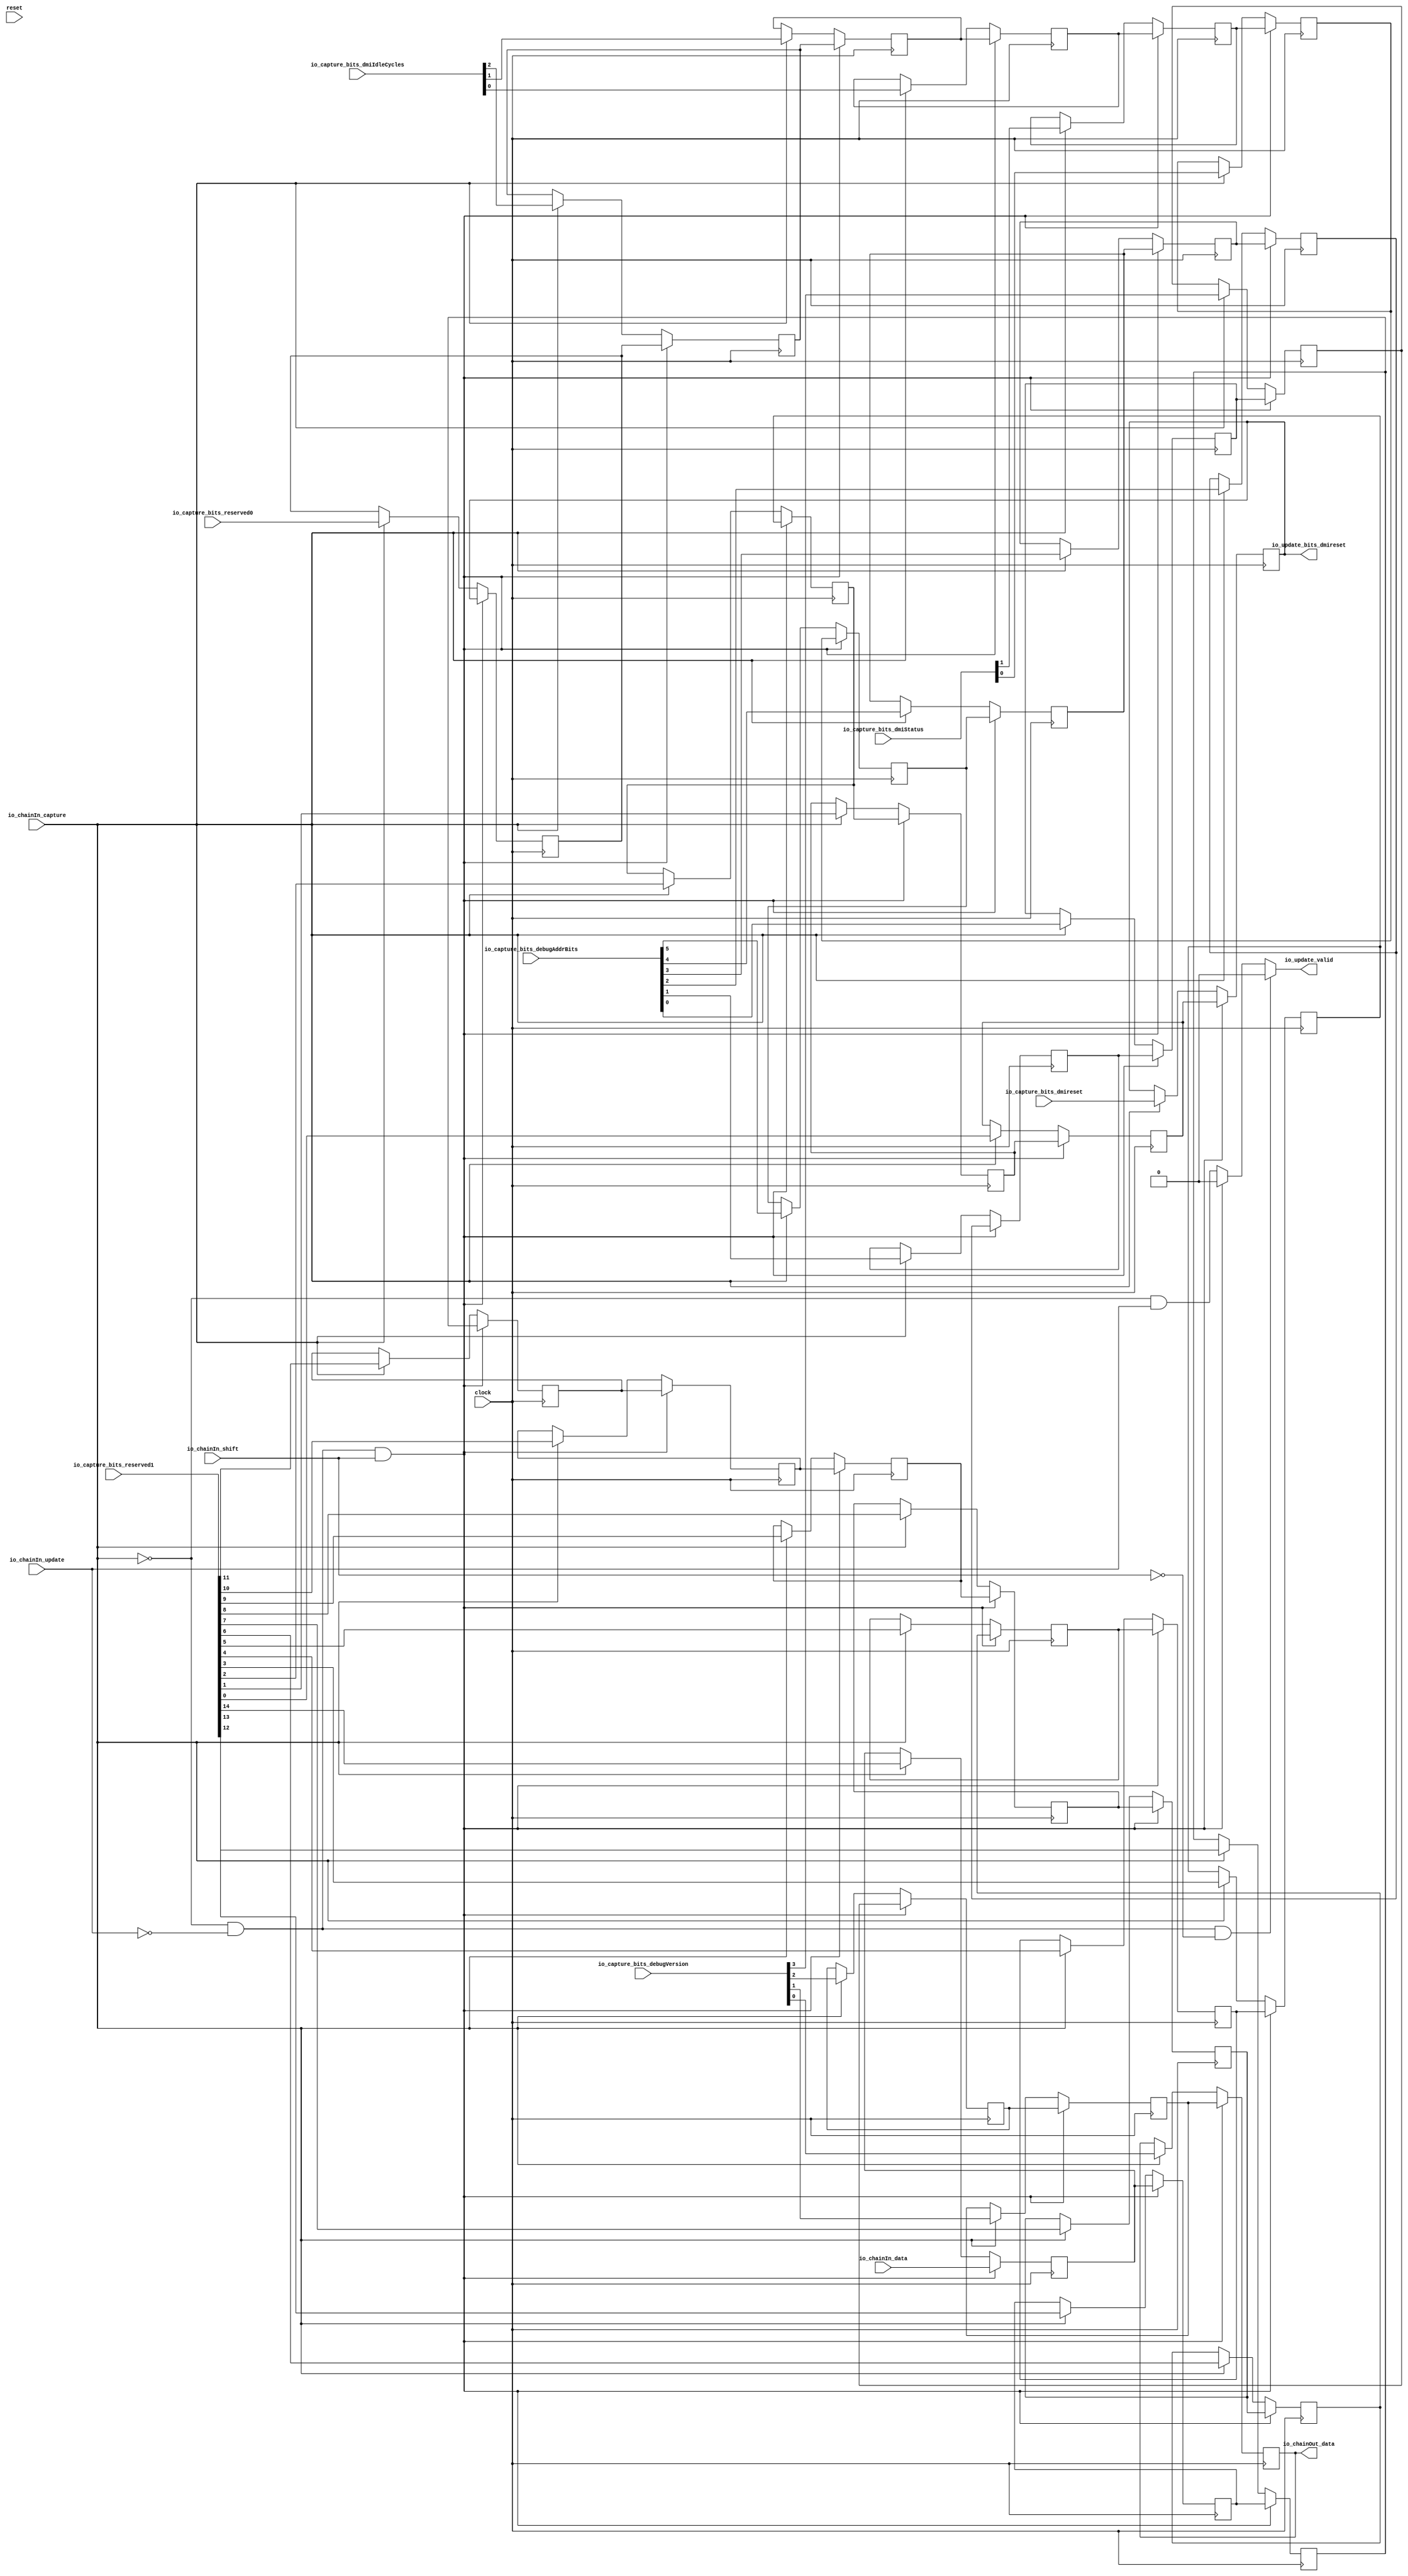
// Copyright (c) 2017, Microsemi Corporation
// All rights reserved.
//
// Redistribution and use in source and binary forms, with or without
// modification, are permitted provided that the following conditions are met:
//     * Redistributions of source code must retain the above copyright
//       notice, this list of conditions and the following disclaimer.
//     * Redistributions in binary form must reproduce the above copyright
//       notice, this list of conditions and the following disclaimer in the
//       documentation and/or other materials provided with the distribution.
//     * Neither the name of the <organization> nor the
//       names of its contributors may be used to endorse or promote products
//       derived from this software without specific prior written permission.
//
// THIS SOFTWARE IS PROVIDED BY THE COPYRIGHT HOLDERS AND CONTRIBUTORS "AS IS" AND
// ANY EXPRESS OR IMPLIED WARRANTIES, INCLUDING, BUT NOT LIMITED TO, THE IMPLIED
// WARRANTIES OF MERCHANTABILITY AND FITNESS FOR A PARTICULAR PURPOSE ARE
// DISCLAIMED. IN NO EVENT SHALL MICROSEMI CORPORATIONM BE LIABLE FOR ANY
// DIRECT, INDIRECT, INCIDENTAL, SPECIAL, EXEMPLARY, OR CONSEQUENTIAL DAMAGES
// (INCLUDING, BUT NOT LIMITED TO, PROCUREMENT OF SUBSTITUTE GOODS OR SERVICES;
// LOSS OF USE, DATA, OR PROFITS; OR BUSINESS INTERRUPTION) HOWEVER CAUSED AND
// ON ANY THEORY OF LIABILITY, WHETHER IN CONTRACT, STRICT LIABILITY, OR TORT
// (INCLUDING NEGLIGENCE OR OTHERWISE) ARISING IN ANY WAY OUT OF THE USE OF THIS
// SOFTWARE, EVEN IF ADVISED OF THE POSSIBILITY OF SUCH DAMAGE.
//
// APACHE LICENSE
// Copyright (c) 2017, Microsemi Corporation 
//
// Licensed under the Apache License, Version 2.0 (the "License");
// you may not use this file except in compliance with the License.
// You may obtain a copy of the License at
//
//    http://www.apache.org/licenses/LICENSE-2.0
//
// Unless required by applicable law or agreed to in writing, software
// distributed under the License is distributed on an "AS IS" BASIS,
// WITHOUT WARRANTIES OR CONDITIONS OF ANY KIND, either express or implied.
// See the License for the specific language governing permissions and
// limitations under the License.
//
// Description:
//
// SVN Revision Information:
// SVN $Revision: $
// SVN $Date: $
//
// Resolved SARs
// SAR      Date     Who   Description
//
// Notes:
//
// ****************************************************************************/
`define RANDOMIZE
`timescale 1ns/10ps
module PROC_SUBSYSTEM_MIV_RV32IMA_L1_AHB_0_MIV_RV32IMA_L1_AHB_CAPTURE_UPDATE_CHAIN(
  input         clock,
  input         reset,
  input         io_chainIn_shift,
  input         io_chainIn_data,
  input         io_chainIn_capture,
  input         io_chainIn_update,
  output        io_chainOut_data,
  input  [14:0] io_capture_bits_reserved1,
  input         io_capture_bits_dmireset,
  input         io_capture_bits_reserved0,
  input  [2:0]  io_capture_bits_dmiIdleCycles,
  input  [1:0]  io_capture_bits_dmiStatus,
  input  [5:0]  io_capture_bits_debugAddrBits,
  input  [3:0]  io_capture_bits_debugVersion,
  output        io_update_valid,
  output        io_update_bits_dmireset
);
  reg  regs_0;
  reg [31:0] _RAND_0;
  reg  regs_1;
  reg [31:0] _RAND_1;
  reg  regs_2;
  reg [31:0] _RAND_2;
  reg  regs_3;
  reg [31:0] _RAND_3;
  reg  regs_4;
  reg [31:0] _RAND_4;
  reg  regs_5;
  reg [31:0] _RAND_5;
  reg  regs_6;
  reg [31:0] _RAND_6;
  reg  regs_7;
  reg [31:0] _RAND_7;
  reg  regs_8;
  reg [31:0] _RAND_8;
  reg  regs_9;
  reg [31:0] _RAND_9;
  reg  regs_10;
  reg [31:0] _RAND_10;
  reg  regs_11;
  reg [31:0] _RAND_11;
  reg  regs_12;
  reg [31:0] _RAND_12;
  reg  regs_13;
  reg [31:0] _RAND_13;
  reg  regs_14;
  reg [31:0] _RAND_14;
  reg  regs_15;
  reg [31:0] _RAND_15;
  reg  regs_16;
  reg [31:0] _RAND_16;
  reg  regs_17;
  reg [31:0] _RAND_17;
  reg  regs_18;
  reg [31:0] _RAND_18;
  reg  regs_19;
  reg [31:0] _RAND_19;
  reg  regs_20;
  reg [31:0] _RAND_20;
  reg  regs_21;
  reg [31:0] _RAND_21;
  reg  regs_22;
  reg [31:0] _RAND_22;
  reg  regs_23;
  reg [31:0] _RAND_23;
  reg  regs_24;
  reg [31:0] _RAND_24;
  reg  regs_25;
  reg [31:0] _RAND_25;
  reg  regs_26;
  reg [31:0] _RAND_26;
  reg  regs_27;
  reg [31:0] _RAND_27;
  reg  regs_28;
  reg [31:0] _RAND_28;
  reg  regs_29;
  reg [31:0] _RAND_29;
  reg  regs_30;
  reg [31:0] _RAND_30;
  reg  regs_31;
  reg [31:0] _RAND_31;
  wire [1:0] _T_39;
  wire [1:0] _T_40;
  wire [3:0] _T_41;
  wire [1:0] _T_42;
  wire [1:0] _T_43;
  wire [3:0] _T_44;
  wire [7:0] _T_45;
  wire [1:0] _T_46;
  wire [1:0] _T_47;
  wire [3:0] _T_48;
  wire [1:0] _T_49;
  wire [1:0] _T_50;
  wire [3:0] _T_51;
  wire [7:0] _T_52;
  wire [15:0] _T_53;
  wire [1:0] _T_54;
  wire [1:0] _T_55;
  wire [3:0] _T_56;
  wire [1:0] _T_57;
  wire [1:0] _T_58;
  wire [3:0] _T_59;
  wire [7:0] _T_60;
  wire [1:0] _T_61;
  wire [1:0] _T_62;
  wire [3:0] _T_63;
  wire [1:0] _T_64;
  wire [1:0] _T_65;
  wire [3:0] _T_66;
  wire [7:0] _T_67;
  wire [15:0] _T_68;
  wire [31:0] _T_69;
  wire  _T_79;
  wire [7:0] _T_81;
  wire [11:0] _T_82;
  wire [3:0] _T_83;
  wire [15:0] _T_84;
  wire [19:0] _T_85;
  wire [31:0] captureBits;
  wire  _T_86;
  wire  _T_87;
  wire  _T_88;
  wire  _T_89;
  wire  _T_90;
  wire  _T_91;
  wire  _T_92;
  wire  _T_93;
  wire  _T_94;
  wire  _T_95;
  wire  _T_96;
  wire  _T_97;
  wire  _T_98;
  wire  _T_99;
  wire  _T_100;
  wire  _T_101;
  wire  _T_102;
  wire  _T_103;
  wire  _T_104;
  wire  _T_105;
  wire  _T_106;
  wire  _T_107;
  wire  _T_108;
  wire  _T_109;
  wire  _T_110;
  wire  _T_111;
  wire  _T_112;
  wire  _T_113;
  wire  _T_114;
  wire  _T_115;
  wire  _T_116;
  wire  _T_117;
  wire  _GEN_0;
  wire  _GEN_1;
  wire  _GEN_2;
  wire  _GEN_3;
  wire  _GEN_4;
  wire  _GEN_5;
  wire  _GEN_6;
  wire  _GEN_7;
  wire  _GEN_8;
  wire  _GEN_9;
  wire  _GEN_10;
  wire  _GEN_11;
  wire  _GEN_12;
  wire  _GEN_13;
  wire  _GEN_14;
  wire  _GEN_15;
  wire  _GEN_16;
  wire  _GEN_17;
  wire  _GEN_18;
  wire  _GEN_19;
  wire  _GEN_20;
  wire  _GEN_21;
  wire  _GEN_22;
  wire  _GEN_23;
  wire  _GEN_24;
  wire  _GEN_25;
  wire  _GEN_26;
  wire  _GEN_27;
  wire  _GEN_28;
  wire  _GEN_29;
  wire  _GEN_30;
  wire  _GEN_31;
  wire  _T_121;
  wire  _T_122;
  wire  _T_128;
  wire  _T_129;
  wire  _T_130;
  wire  _GEN_36;
  wire  _GEN_37;
  wire  _GEN_38;
  wire  _GEN_39;
  wire  _GEN_40;
  wire  _GEN_41;
  wire  _GEN_42;
  wire  _GEN_43;
  wire  _GEN_44;
  wire  _GEN_45;
  wire  _GEN_46;
  wire  _GEN_47;
  wire  _GEN_48;
  wire  _GEN_49;
  wire  _GEN_50;
  wire  _GEN_51;
  wire  _GEN_52;
  wire  _GEN_53;
  wire  _GEN_54;
  wire  _GEN_55;
  wire  _GEN_56;
  wire  _GEN_57;
  wire  _GEN_58;
  wire  _GEN_59;
  wire  _GEN_60;
  wire  _GEN_61;
  wire  _GEN_62;
  wire  _GEN_63;
  wire  _GEN_64;
  wire  _GEN_65;
  wire  _GEN_66;
  wire  _GEN_67;
  wire  _GEN_69;
  wire  _T_139;
  wire  _T_140;
  wire  _GEN_71;
  wire  _T_143;
  wire  _T_145;
  wire  _T_146;
  wire  _T_148;
  wire  _T_149;
  wire  _T_150;
  wire  _T_152;
  wire  _T_153;
  wire  _T_154;
  wire  _T_156;
  assign io_chainOut_data = regs_0;
  assign io_update_valid = _GEN_71;
  assign io_update_bits_dmireset = _T_79;
  assign _T_39 = {regs_1,regs_0};
  assign _T_40 = {regs_3,regs_2};
  assign _T_41 = {_T_40,_T_39};
  assign _T_42 = {regs_5,regs_4};
  assign _T_43 = {regs_7,regs_6};
  assign _T_44 = {_T_43,_T_42};
  assign _T_45 = {_T_44,_T_41};
  assign _T_46 = {regs_9,regs_8};
  assign _T_47 = {regs_11,regs_10};
  assign _T_48 = {_T_47,_T_46};
  assign _T_49 = {regs_13,regs_12};
  assign _T_50 = {regs_15,regs_14};
  assign _T_51 = {_T_50,_T_49};
  assign _T_52 = {_T_51,_T_48};
  assign _T_53 = {_T_52,_T_45};
  assign _T_54 = {regs_17,regs_16};
  assign _T_55 = {regs_19,regs_18};
  assign _T_56 = {_T_55,_T_54};
  assign _T_57 = {regs_21,regs_20};
  assign _T_58 = {regs_23,regs_22};
  assign _T_59 = {_T_58,_T_57};
  assign _T_60 = {_T_59,_T_56};
  assign _T_61 = {regs_25,regs_24};
  assign _T_62 = {regs_27,regs_26};
  assign _T_63 = {_T_62,_T_61};
  assign _T_64 = {regs_29,regs_28};
  assign _T_65 = {regs_31,regs_30};
  assign _T_66 = {_T_65,_T_64};
  assign _T_67 = {_T_66,_T_63};
  assign _T_68 = {_T_67,_T_60};
  assign _T_69 = {_T_68,_T_53};
  assign _T_79 = _T_69[16];
  assign _T_81 = {io_capture_bits_dmiStatus,io_capture_bits_debugAddrBits};
  assign _T_82 = {_T_81,io_capture_bits_debugVersion};
  assign _T_83 = {io_capture_bits_reserved0,io_capture_bits_dmiIdleCycles};
  assign _T_84 = {io_capture_bits_reserved1,io_capture_bits_dmireset};
  assign _T_85 = {_T_84,_T_83};
  assign captureBits = {_T_85,_T_82};
  assign _T_86 = captureBits[0];
  assign _T_87 = captureBits[1];
  assign _T_88 = captureBits[2];
  assign _T_89 = captureBits[3];
  assign _T_90 = captureBits[4];
  assign _T_91 = captureBits[5];
  assign _T_92 = captureBits[6];
  assign _T_93 = captureBits[7];
  assign _T_94 = captureBits[8];
  assign _T_95 = captureBits[9];
  assign _T_96 = captureBits[10];
  assign _T_97 = captureBits[11];
  assign _T_98 = captureBits[12];
  assign _T_99 = captureBits[13];
  assign _T_100 = captureBits[14];
  assign _T_101 = captureBits[15];
  assign _T_102 = captureBits[16];
  assign _T_103 = captureBits[17];
  assign _T_104 = captureBits[18];
  assign _T_105 = captureBits[19];
  assign _T_106 = captureBits[20];
  assign _T_107 = captureBits[21];
  assign _T_108 = captureBits[22];
  assign _T_109 = captureBits[23];
  assign _T_110 = captureBits[24];
  assign _T_111 = captureBits[25];
  assign _T_112 = captureBits[26];
  assign _T_113 = captureBits[27];
  assign _T_114 = captureBits[28];
  assign _T_115 = captureBits[29];
  assign _T_116 = captureBits[30];
  assign _T_117 = captureBits[31];
  assign _GEN_0 = io_chainIn_capture ? _T_86 : regs_0;
  assign _GEN_1 = io_chainIn_capture ? _T_87 : regs_1;
  assign _GEN_2 = io_chainIn_capture ? _T_88 : regs_2;
  assign _GEN_3 = io_chainIn_capture ? _T_89 : regs_3;
  assign _GEN_4 = io_chainIn_capture ? _T_90 : regs_4;
  assign _GEN_5 = io_chainIn_capture ? _T_91 : regs_5;
  assign _GEN_6 = io_chainIn_capture ? _T_92 : regs_6;
  assign _GEN_7 = io_chainIn_capture ? _T_93 : regs_7;
  assign _GEN_8 = io_chainIn_capture ? _T_94 : regs_8;
  assign _GEN_9 = io_chainIn_capture ? _T_95 : regs_9;
  assign _GEN_10 = io_chainIn_capture ? _T_96 : regs_10;
  assign _GEN_11 = io_chainIn_capture ? _T_97 : regs_11;
  assign _GEN_12 = io_chainIn_capture ? _T_98 : regs_12;
  assign _GEN_13 = io_chainIn_capture ? _T_99 : regs_13;
  assign _GEN_14 = io_chainIn_capture ? _T_100 : regs_14;
  assign _GEN_15 = io_chainIn_capture ? _T_101 : regs_15;
  assign _GEN_16 = io_chainIn_capture ? _T_102 : regs_16;
  assign _GEN_17 = io_chainIn_capture ? _T_103 : regs_17;
  assign _GEN_18 = io_chainIn_capture ? _T_104 : regs_18;
  assign _GEN_19 = io_chainIn_capture ? _T_105 : regs_19;
  assign _GEN_20 = io_chainIn_capture ? _T_106 : regs_20;
  assign _GEN_21 = io_chainIn_capture ? _T_107 : regs_21;
  assign _GEN_22 = io_chainIn_capture ? _T_108 : regs_22;
  assign _GEN_23 = io_chainIn_capture ? _T_109 : regs_23;
  assign _GEN_24 = io_chainIn_capture ? _T_110 : regs_24;
  assign _GEN_25 = io_chainIn_capture ? _T_111 : regs_25;
  assign _GEN_26 = io_chainIn_capture ? _T_112 : regs_26;
  assign _GEN_27 = io_chainIn_capture ? _T_113 : regs_27;
  assign _GEN_28 = io_chainIn_capture ? _T_114 : regs_28;
  assign _GEN_29 = io_chainIn_capture ? _T_115 : regs_29;
  assign _GEN_30 = io_chainIn_capture ? _T_116 : regs_30;
  assign _GEN_31 = io_chainIn_capture ? _T_117 : regs_31;
  assign _T_121 = io_chainIn_capture == 1'h0;
  assign _T_122 = _T_121 & io_chainIn_update;
  assign _T_128 = io_chainIn_update == 1'h0;
  assign _T_129 = _T_121 & _T_128;
  assign _T_130 = _T_129 & io_chainIn_shift;
  assign _GEN_36 = _T_130 ? io_chainIn_data : _GEN_31;
  assign _GEN_37 = _T_130 ? regs_1 : _GEN_0;
  assign _GEN_38 = _T_130 ? regs_2 : _GEN_1;
  assign _GEN_39 = _T_130 ? regs_3 : _GEN_2;
  assign _GEN_40 = _T_130 ? regs_4 : _GEN_3;
  assign _GEN_41 = _T_130 ? regs_5 : _GEN_4;
  assign _GEN_42 = _T_130 ? regs_6 : _GEN_5;
  assign _GEN_43 = _T_130 ? regs_7 : _GEN_6;
  assign _GEN_44 = _T_130 ? regs_8 : _GEN_7;
  assign _GEN_45 = _T_130 ? regs_9 : _GEN_8;
  assign _GEN_46 = _T_130 ? regs_10 : _GEN_9;
  assign _GEN_47 = _T_130 ? regs_11 : _GEN_10;
  assign _GEN_48 = _T_130 ? regs_12 : _GEN_11;
  assign _GEN_49 = _T_130 ? regs_13 : _GEN_12;
  assign _GEN_50 = _T_130 ? regs_14 : _GEN_13;
  assign _GEN_51 = _T_130 ? regs_15 : _GEN_14;
  assign _GEN_52 = _T_130 ? regs_16 : _GEN_15;
  assign _GEN_53 = _T_130 ? regs_17 : _GEN_16;
  assign _GEN_54 = _T_130 ? regs_18 : _GEN_17;
  assign _GEN_55 = _T_130 ? regs_19 : _GEN_18;
  assign _GEN_56 = _T_130 ? regs_20 : _GEN_19;
  assign _GEN_57 = _T_130 ? regs_21 : _GEN_20;
  assign _GEN_58 = _T_130 ? regs_22 : _GEN_21;
  assign _GEN_59 = _T_130 ? regs_23 : _GEN_22;
  assign _GEN_60 = _T_130 ? regs_24 : _GEN_23;
  assign _GEN_61 = _T_130 ? regs_25 : _GEN_24;
  assign _GEN_62 = _T_130 ? regs_26 : _GEN_25;
  assign _GEN_63 = _T_130 ? regs_27 : _GEN_26;
  assign _GEN_64 = _T_130 ? regs_28 : _GEN_27;
  assign _GEN_65 = _T_130 ? regs_29 : _GEN_28;
  assign _GEN_66 = _T_130 ? regs_30 : _GEN_29;
  assign _GEN_67 = _T_130 ? regs_31 : _GEN_30;
  assign _GEN_69 = _T_130 ? 1'h0 : _T_122;
  assign _T_139 = io_chainIn_shift == 1'h0;
  assign _T_140 = _T_129 & _T_139;
  assign _GEN_71 = _T_140 ? 1'h0 : _GEN_69;
  assign _T_143 = io_chainIn_capture & io_chainIn_update;
  assign _T_145 = _T_143 == 1'h0;
  assign _T_146 = io_chainIn_capture & io_chainIn_shift;
  assign _T_148 = _T_146 == 1'h0;
  assign _T_149 = _T_145 & _T_148;
  assign _T_150 = io_chainIn_update & io_chainIn_shift;
  assign _T_152 = _T_150 == 1'h0;
  assign _T_153 = _T_149 & _T_152;
  assign _T_154 = _T_153 | reset;
  assign _T_156 = _T_154 == 1'h0;
`ifdef RANDOMIZE
  integer initvar;
  initial begin
    `ifndef verilator
      #0.002 begin end
    `endif
  `ifdef RANDOMIZE_REG_INIT
  _RAND_0 = {1{$random}};
  regs_0 = _RAND_0[0:0];
  `endif // RANDOMIZE_REG_INIT
  `ifdef RANDOMIZE_REG_INIT
  _RAND_1 = {1{$random}};
  regs_1 = _RAND_1[0:0];
  `endif // RANDOMIZE_REG_INIT
  `ifdef RANDOMIZE_REG_INIT
  _RAND_2 = {1{$random}};
  regs_2 = _RAND_2[0:0];
  `endif // RANDOMIZE_REG_INIT
  `ifdef RANDOMIZE_REG_INIT
  _RAND_3 = {1{$random}};
  regs_3 = _RAND_3[0:0];
  `endif // RANDOMIZE_REG_INIT
  `ifdef RANDOMIZE_REG_INIT
  _RAND_4 = {1{$random}};
  regs_4 = _RAND_4[0:0];
  `endif // RANDOMIZE_REG_INIT
  `ifdef RANDOMIZE_REG_INIT
  _RAND_5 = {1{$random}};
  regs_5 = _RAND_5[0:0];
  `endif // RANDOMIZE_REG_INIT
  `ifdef RANDOMIZE_REG_INIT
  _RAND_6 = {1{$random}};
  regs_6 = _RAND_6[0:0];
  `endif // RANDOMIZE_REG_INIT
  `ifdef RANDOMIZE_REG_INIT
  _RAND_7 = {1{$random}};
  regs_7 = _RAND_7[0:0];
  `endif // RANDOMIZE_REG_INIT
  `ifdef RANDOMIZE_REG_INIT
  _RAND_8 = {1{$random}};
  regs_8 = _RAND_8[0:0];
  `endif // RANDOMIZE_REG_INIT
  `ifdef RANDOMIZE_REG_INIT
  _RAND_9 = {1{$random}};
  regs_9 = _RAND_9[0:0];
  `endif // RANDOMIZE_REG_INIT
  `ifdef RANDOMIZE_REG_INIT
  _RAND_10 = {1{$random}};
  regs_10 = _RAND_10[0:0];
  `endif // RANDOMIZE_REG_INIT
  `ifdef RANDOMIZE_REG_INIT
  _RAND_11 = {1{$random}};
  regs_11 = _RAND_11[0:0];
  `endif // RANDOMIZE_REG_INIT
  `ifdef RANDOMIZE_REG_INIT
  _RAND_12 = {1{$random}};
  regs_12 = _RAND_12[0:0];
  `endif // RANDOMIZE_REG_INIT
  `ifdef RANDOMIZE_REG_INIT
  _RAND_13 = {1{$random}};
  regs_13 = _RAND_13[0:0];
  `endif // RANDOMIZE_REG_INIT
  `ifdef RANDOMIZE_REG_INIT
  _RAND_14 = {1{$random}};
  regs_14 = _RAND_14[0:0];
  `endif // RANDOMIZE_REG_INIT
  `ifdef RANDOMIZE_REG_INIT
  _RAND_15 = {1{$random}};
  regs_15 = _RAND_15[0:0];
  `endif // RANDOMIZE_REG_INIT
  `ifdef RANDOMIZE_REG_INIT
  _RAND_16 = {1{$random}};
  regs_16 = _RAND_16[0:0];
  `endif // RANDOMIZE_REG_INIT
  `ifdef RANDOMIZE_REG_INIT
  _RAND_17 = {1{$random}};
  regs_17 = _RAND_17[0:0];
  `endif // RANDOMIZE_REG_INIT
  `ifdef RANDOMIZE_REG_INIT
  _RAND_18 = {1{$random}};
  regs_18 = _RAND_18[0:0];
  `endif // RANDOMIZE_REG_INIT
  `ifdef RANDOMIZE_REG_INIT
  _RAND_19 = {1{$random}};
  regs_19 = _RAND_19[0:0];
  `endif // RANDOMIZE_REG_INIT
  `ifdef RANDOMIZE_REG_INIT
  _RAND_20 = {1{$random}};
  regs_20 = _RAND_20[0:0];
  `endif // RANDOMIZE_REG_INIT
  `ifdef RANDOMIZE_REG_INIT
  _RAND_21 = {1{$random}};
  regs_21 = _RAND_21[0:0];
  `endif // RANDOMIZE_REG_INIT
  `ifdef RANDOMIZE_REG_INIT
  _RAND_22 = {1{$random}};
  regs_22 = _RAND_22[0:0];
  `endif // RANDOMIZE_REG_INIT
  `ifdef RANDOMIZE_REG_INIT
  _RAND_23 = {1{$random}};
  regs_23 = _RAND_23[0:0];
  `endif // RANDOMIZE_REG_INIT
  `ifdef RANDOMIZE_REG_INIT
  _RAND_24 = {1{$random}};
  regs_24 = _RAND_24[0:0];
  `endif // RANDOMIZE_REG_INIT
  `ifdef RANDOMIZE_REG_INIT
  _RAND_25 = {1{$random}};
  regs_25 = _RAND_25[0:0];
  `endif // RANDOMIZE_REG_INIT
  `ifdef RANDOMIZE_REG_INIT
  _RAND_26 = {1{$random}};
  regs_26 = _RAND_26[0:0];
  `endif // RANDOMIZE_REG_INIT
  `ifdef RANDOMIZE_REG_INIT
  _RAND_27 = {1{$random}};
  regs_27 = _RAND_27[0:0];
  `endif // RANDOMIZE_REG_INIT
  `ifdef RANDOMIZE_REG_INIT
  _RAND_28 = {1{$random}};
  regs_28 = _RAND_28[0:0];
  `endif // RANDOMIZE_REG_INIT
  `ifdef RANDOMIZE_REG_INIT
  _RAND_29 = {1{$random}};
  regs_29 = _RAND_29[0:0];
  `endif // RANDOMIZE_REG_INIT
  `ifdef RANDOMIZE_REG_INIT
  _RAND_30 = {1{$random}};
  regs_30 = _RAND_30[0:0];
  `endif // RANDOMIZE_REG_INIT
  `ifdef RANDOMIZE_REG_INIT
  _RAND_31 = {1{$random}};
  regs_31 = _RAND_31[0:0];
  `endif // RANDOMIZE_REG_INIT
  end
`endif // RANDOMIZE
  always @(posedge clock) begin
    if (_T_130) begin
      regs_0 <= regs_1;
    end else begin
      if (io_chainIn_capture) begin
        regs_0 <= _T_86;
      end
    end
    if (_T_130) begin
      regs_1 <= regs_2;
    end else begin
      if (io_chainIn_capture) begin
        regs_1 <= _T_87;
      end
    end
    if (_T_130) begin
      regs_2 <= regs_3;
    end else begin
      if (io_chainIn_capture) begin
        regs_2 <= _T_88;
      end
    end
    if (_T_130) begin
      regs_3 <= regs_4;
    end else begin
      if (io_chainIn_capture) begin
        regs_3 <= _T_89;
      end
    end
    if (_T_130) begin
      regs_4 <= regs_5;
    end else begin
      if (io_chainIn_capture) begin
        regs_4 <= _T_90;
      end
    end
    if (_T_130) begin
      regs_5 <= regs_6;
    end else begin
      if (io_chainIn_capture) begin
        regs_5 <= _T_91;
      end
    end
    if (_T_130) begin
      regs_6 <= regs_7;
    end else begin
      if (io_chainIn_capture) begin
        regs_6 <= _T_92;
      end
    end
    if (_T_130) begin
      regs_7 <= regs_8;
    end else begin
      if (io_chainIn_capture) begin
        regs_7 <= _T_93;
      end
    end
    if (_T_130) begin
      regs_8 <= regs_9;
    end else begin
      if (io_chainIn_capture) begin
        regs_8 <= _T_94;
      end
    end
    if (_T_130) begin
      regs_9 <= regs_10;
    end else begin
      if (io_chainIn_capture) begin
        regs_9 <= _T_95;
      end
    end
    if (_T_130) begin
      regs_10 <= regs_11;
    end else begin
      if (io_chainIn_capture) begin
        regs_10 <= _T_96;
      end
    end
    if (_T_130) begin
      regs_11 <= regs_12;
    end else begin
      if (io_chainIn_capture) begin
        regs_11 <= _T_97;
      end
    end
    if (_T_130) begin
      regs_12 <= regs_13;
    end else begin
      if (io_chainIn_capture) begin
        regs_12 <= _T_98;
      end
    end
    if (_T_130) begin
      regs_13 <= regs_14;
    end else begin
      if (io_chainIn_capture) begin
        regs_13 <= _T_99;
      end
    end
    if (_T_130) begin
      regs_14 <= regs_15;
    end else begin
      if (io_chainIn_capture) begin
        regs_14 <= _T_100;
      end
    end
    if (_T_130) begin
      regs_15 <= regs_16;
    end else begin
      if (io_chainIn_capture) begin
        regs_15 <= _T_101;
      end
    end
    if (_T_130) begin
      regs_16 <= regs_17;
    end else begin
      if (io_chainIn_capture) begin
        regs_16 <= _T_102;
      end
    end
    if (_T_130) begin
      regs_17 <= regs_18;
    end else begin
      if (io_chainIn_capture) begin
        regs_17 <= _T_103;
      end
    end
    if (_T_130) begin
      regs_18 <= regs_19;
    end else begin
      if (io_chainIn_capture) begin
        regs_18 <= _T_104;
      end
    end
    if (_T_130) begin
      regs_19 <= regs_20;
    end else begin
      if (io_chainIn_capture) begin
        regs_19 <= _T_105;
      end
    end
    if (_T_130) begin
      regs_20 <= regs_21;
    end else begin
      if (io_chainIn_capture) begin
        regs_20 <= _T_106;
      end
    end
    if (_T_130) begin
      regs_21 <= regs_22;
    end else begin
      if (io_chainIn_capture) begin
        regs_21 <= _T_107;
      end
    end
    if (_T_130) begin
      regs_22 <= regs_23;
    end else begin
      if (io_chainIn_capture) begin
        regs_22 <= _T_108;
      end
    end
    if (_T_130) begin
      regs_23 <= regs_24;
    end else begin
      if (io_chainIn_capture) begin
        regs_23 <= _T_109;
      end
    end
    if (_T_130) begin
      regs_24 <= regs_25;
    end else begin
      if (io_chainIn_capture) begin
        regs_24 <= _T_110;
      end
    end
    if (_T_130) begin
      regs_25 <= regs_26;
    end else begin
      if (io_chainIn_capture) begin
        regs_25 <= _T_111;
      end
    end
    if (_T_130) begin
      regs_26 <= regs_27;
    end else begin
      if (io_chainIn_capture) begin
        regs_26 <= _T_112;
      end
    end
    if (_T_130) begin
      regs_27 <= regs_28;
    end else begin
      if (io_chainIn_capture) begin
        regs_27 <= _T_113;
      end
    end
    if (_T_130) begin
      regs_28 <= regs_29;
    end else begin
      if (io_chainIn_capture) begin
        regs_28 <= _T_114;
      end
    end
    if (_T_130) begin
      regs_29 <= regs_30;
    end else begin
      if (io_chainIn_capture) begin
        regs_29 <= _T_115;
      end
    end
    if (_T_130) begin
      regs_30 <= regs_31;
    end else begin
      if (io_chainIn_capture) begin
        regs_30 <= _T_116;
      end
    end
    if (_T_130) begin
      regs_31 <= io_chainIn_data;
    end else begin
      if (io_chainIn_capture) begin
        regs_31 <= _T_117;
      end
    end
    `ifndef SYNTHESIS
    `ifdef PRINTF_COND
      if (`PRINTF_COND) begin
    `endif
        if (_T_156) begin
          $fwrite(32'h80000002,"Assertion failed\n    at JtagShifter.scala:174 assert(!(io.chainIn.capture && io.chainIn.update)\n");
        end
    `ifdef PRINTF_COND
      end
    `endif
    `endif // SYNTHESIS
    `ifndef SYNTHESIS
    `ifdef STOP_COND
      if (`STOP_COND) begin
    `endif
        if (_T_156) begin
          $fatal;
        end
    `ifdef STOP_COND
      end
    `endif
    `endif // SYNTHESIS
  end
endmodule